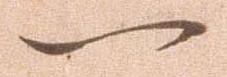
一